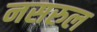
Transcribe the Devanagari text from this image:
नसरुल